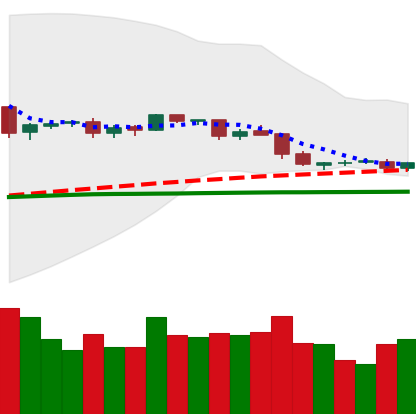
Ticker: DOGE-USD
Chart end date: 2019-04-30
Forward return: 5.571%
Label: up_5_7